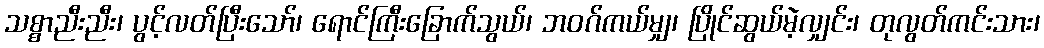
သစ္စာညီးညီး၊ ပွင့်လတ်ပြီးသော်၊ ရောင်ကြီးခြောက်သွယ်၊ ဘဝဂ်ကယ်မျှ၊ ပြိုင်ဆွယ်မဲ့လျှင်း၊ တုလွတ်ကင်းသား၊